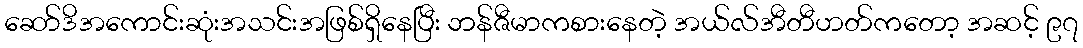
ဆော်ဒိအကောင်းဆုံးအသင်းအဖြစ်ရှိနေပြီး ဘန်ဇီမာကစားနေတဲ့ အယ်လ်အီတီဟတ်ကတော့ အဆင့် ၉၇